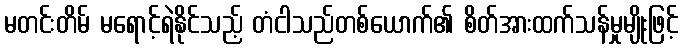
မတင်းတိမ် မရောင့်ရဲနိုင်သည့် တံငါသည်တစ်ယောက်၏ စိတ်အားထက်သန်မှုမျိုးဖြင့်